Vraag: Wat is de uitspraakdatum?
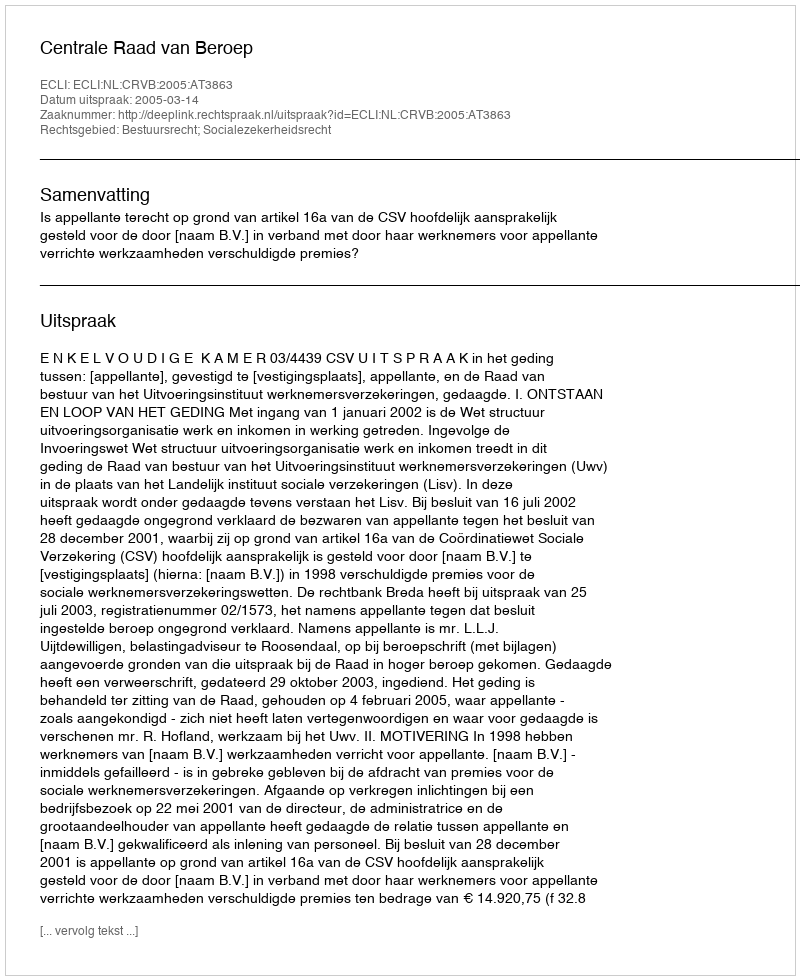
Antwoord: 2005-03-14